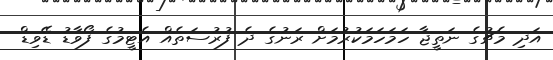
އަދި މެޗުގެ ނަތީޖާ ހަމަހަމަކުރުމަށް ރަނުގެ ދެ ފުރުސަތެއް އެޓީމުގެ ފޯވާޑު ޑޭވިޑް